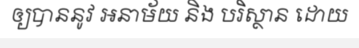
ឲ្យបាននូវ អនាម័យ និង បរិស្ថាន ដោយ